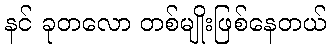
နင် ခုတလော တစ်မျိုးဖြစ်နေတယ်